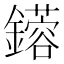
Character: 𨮥